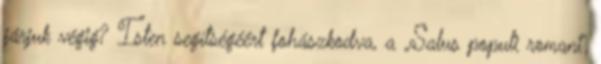
járjuk végig? Isten segítségéért fohászkodva, a „Salus populi romani”,